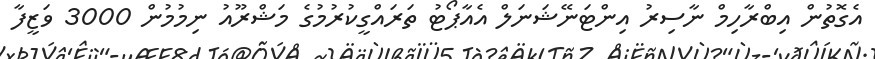
އެގޮތުން އިބްރާހިމް ނާސިރު އިންޓަނޭޝަނަލް އެއާޕޯޓު ތަރައްގީކުރުމުގެ މަޝްރޫއު ނިމުމުން 3000 ވަޒީފާ